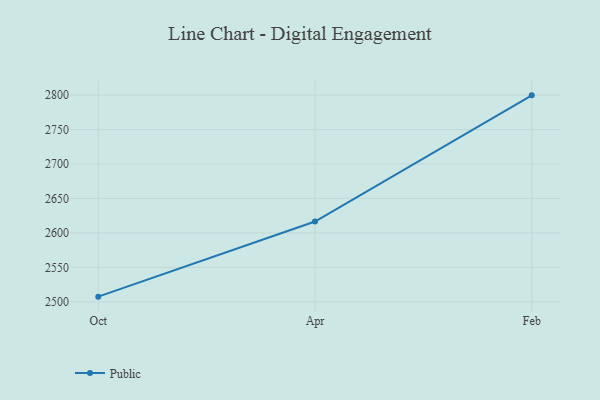
{"axis": {"x": "Month", "y": "Operating Costs (USD K)"}, "legend": ["Public"], "data": [{"x": "Oct", "y": 2507.5, "type": "Public"}, {"x": "Apr", "y": 2616.6, "type": "Public"}, {"x": "Feb", "y": 2799.7, "type": "Public"}]}